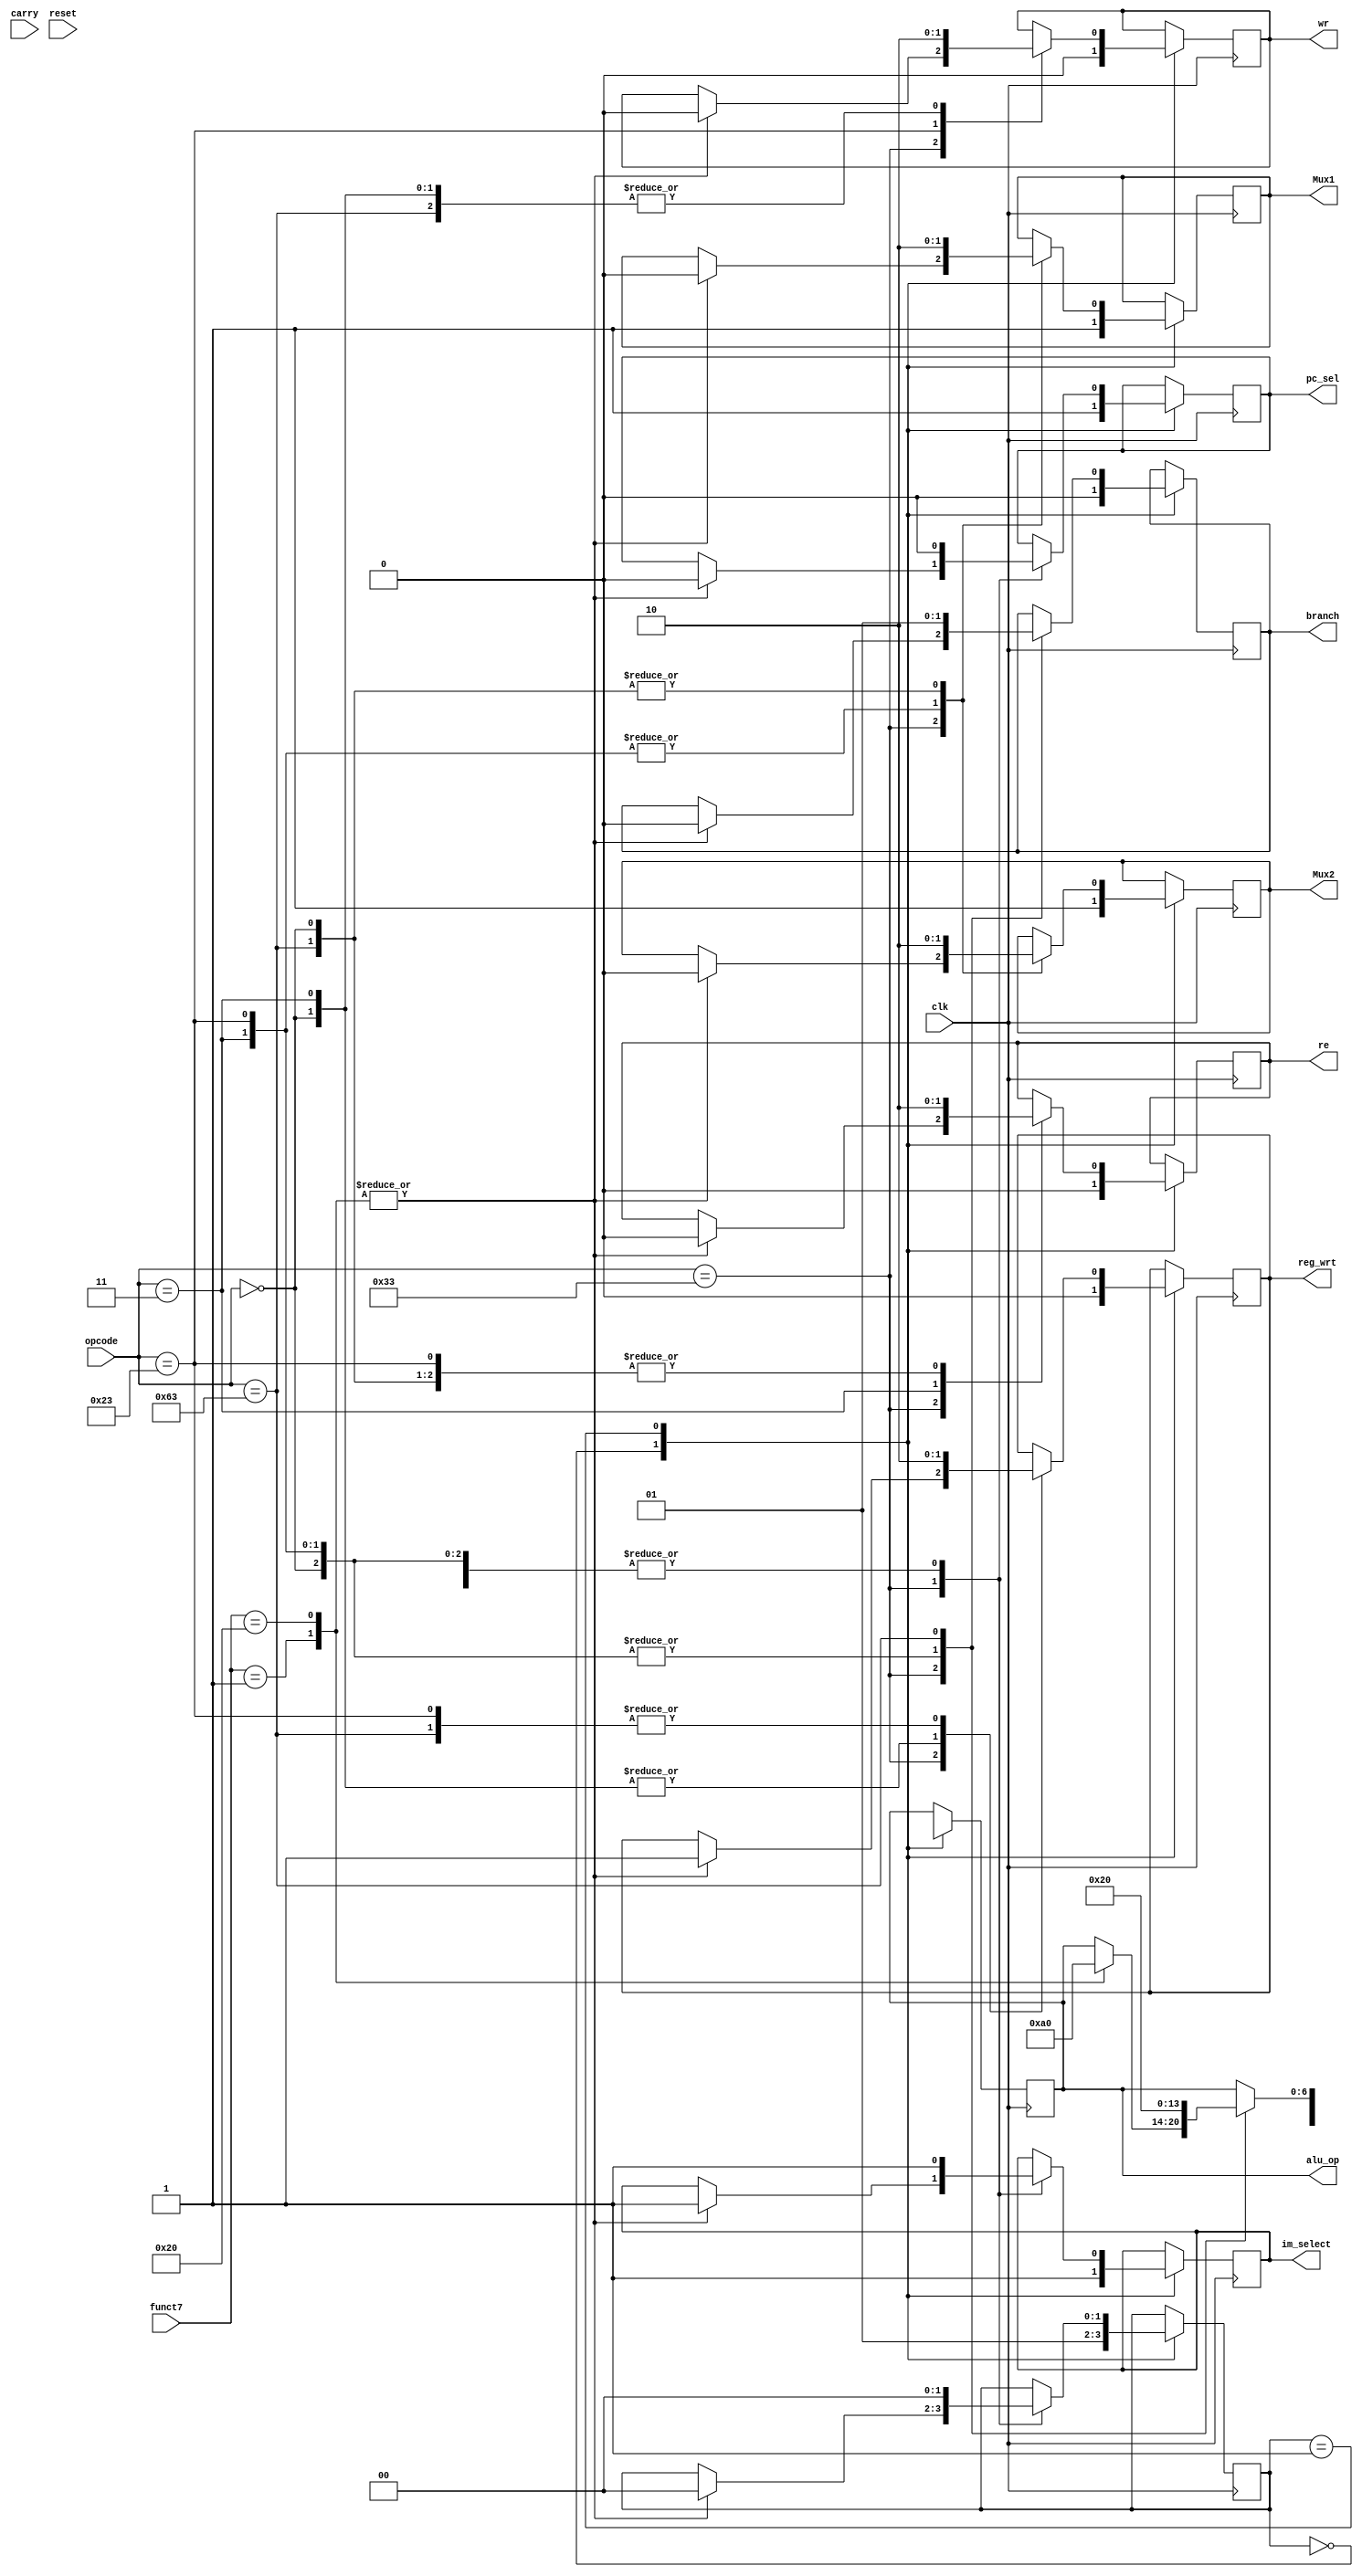
module control(alu_op,opcode,clk,carry,reset,reg_wrt,re,wr,Mux1,Mux2,branch,pc_sel,im_select,funct7);
	input clk,carry,reset;
	input [6:0] opcode,funct7;
	output reg[6:0]alu_op;
	output reg reg_wrt,re,wr,Mux2,branch,pc_sel,im_select;
	output reg Mux1;
	reg [1:0]pstate;
	parameter s0 = 2'b00,s1 = 2'b01,s2 = 2'b10;
	initial
	begin
		pstate = s0;
	end
	always @(posedge clk)begin
	case(pstate)
	s0:begin
	$display("I am in state S0");
	reg_wrt<=1'b0;
	re<=1'b0;
	wr<=1'b0;
	Mux1<=1'b1;
	Mux2<=1'b1;
	alu_op<=7'bxxxxxxx;
	branch<=1'b0;
	pc_sel<=1'b1;
	im_select<=1'b1;
	pstate<=s1;
	end
	s1:begin // ADD
	$display("I am in state S1");
	case(opcode)
	7'b0000000:begin
	alu_op<=7'b0;
	reg_wrt<=1'b1;
	re<=1'b0;
	wr<=1'b0;
	Mux1<=1'b0;
	Mux2<=1'b0;
	branch<=1'b0;
	pc_sel<=1'b0;
	im_select<=1'b1;
	$display("I am in state S1 00000000");
	pstate<=s0;
	end
	7'b0110011:begin
		case(funct7)
		7'b0000001:begin //MUL
		alu_op<=7'b0000001;
		reg_wrt<=1'b1;
		re<=1'b0;
		wr<=1'b0;
		Mux1<=1'b0;
		Mux2<=1'b0;
		branch<=1'b0;
		pc_sel<=1'b0;
		im_select<=1'b1;
		$display("I am in state S1 00000001");
		pstate<=s0;
		end
		7'b0100000:begin// SUB
		alu_op<=7'b0100000;    
		reg_wrt<=1'b1;
		re<=1'b0;
		wr<=1'b0;
		Mux1<=2'b0;
		Mux2<=1'b0;
		branch<=1'b0;
		pc_sel<=1'b0;
		im_select<=1'b1;
		$display("I am in state S1 01000000");
		pstate<=s0;
		end
		endcase
	end
	7'b0000011:begin	//LOAD
	$display("I am in state-1 0000011");
	alu_op=7'b0;
	reg_wrt<=1'b1;
	re=1'b1;
	wr<=1'b0;
	Mux1<=2'b1;
	Mux2<=1'b1;
	branch<=1'b0;
	pc_sel<=1'b0;
	im_select<=1'b1;
	
	pstate=s0;
	end
	7'b0100011:begin/*STORE*/
	alu_op<=7'b0;
	reg_wrt<=1'b0;
	re<=1'b0;
	wr<=1'b1;
	Mux1<=2'b1;
	Mux2<=1'b1;
	branch<=1'b0;
	pc_sel<=1'b0;
	im_select<=1'b1;
	$display("I am in state S1 00100011");
	pstate<=s0;
	end
	7'b1100011:begin /*BEQ  */
	alu_op<=7'b0100000;
	reg_wrt<=1'b0;
	re<=1'b0;
	wr<=1'b0;
	Mux1<=2'b0;
	Mux2<=1'b0;
	branch<=1'b1;
	pc_sel<=1'b0;
	im_select<=1'b1;
	$display("I am in state S1 011000011");
	pstate<=s0;
	end
	endcase
	end
	
//	s2:begin	/*LOAD*/
/*	alu_op<=7'bx;
	reg_wrt<=1'b1;
	re<=1'b1;
	wr<=1'b0;
	Mux1<=2'bx;
	Mux2<=1'bx;
	branch<=1'bx;
	pc_sel<=1'b1;
	im_select<=1'bx;
	pstate<=s1;
	end 
*/

	endcase
	end
	

endmodule